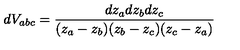
d V _ { a b c } = \frac { d z _ { a } d z _ { b } d z _ { c } } { ( z _ { a } - z _ { b } ) ( z _ { b } - z _ { c } ) ( z _ { c } - z _ { a } ) }